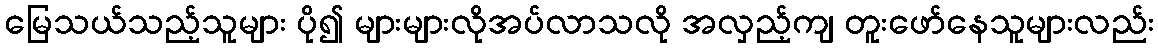
မြေသယ်သည့်သူများ ပို၍ များများလိုအပ်လာသလို အလှည့်ကျ တူးဖော်နေသူများလည်း